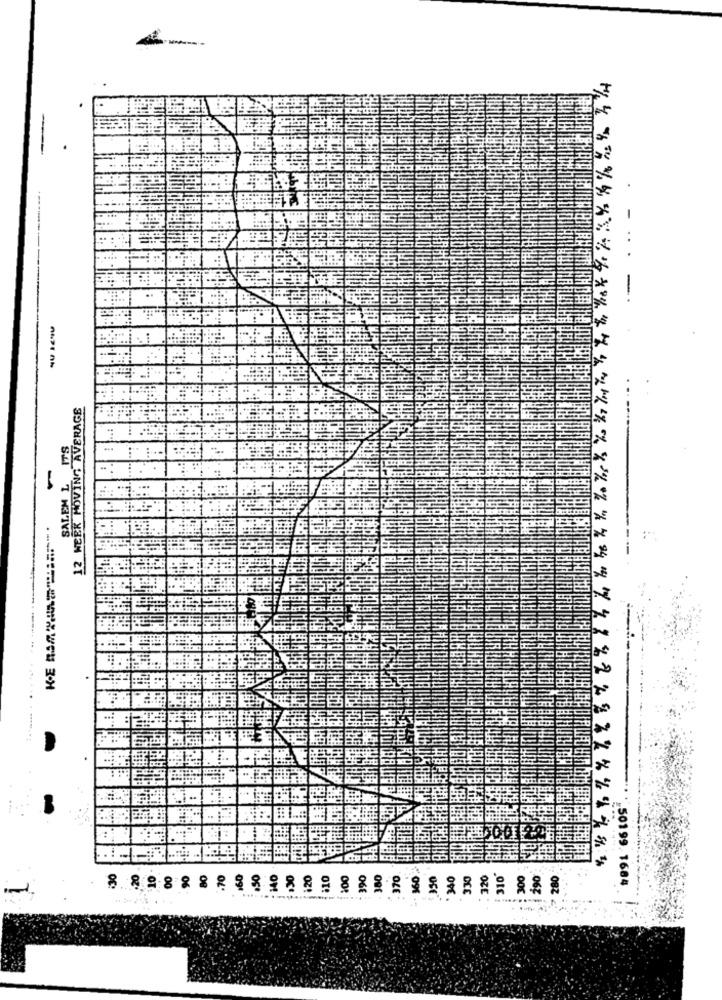
12 WEEK MOVING AVERAGE
SALEM L
50199. 1684